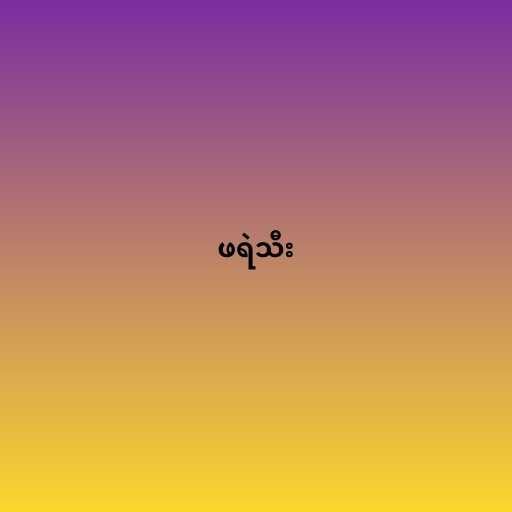
ဖရဲသီး